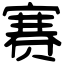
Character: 赛